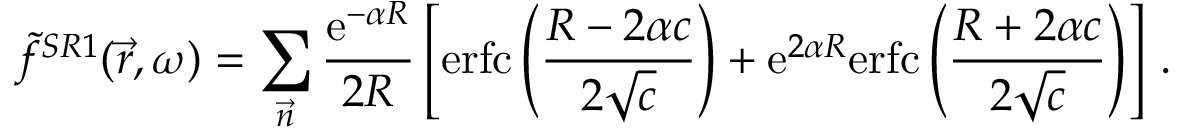
\Tilde { f } ^ { S R 1 } ( \vec { r } , \omega ) = \sum _ { \vec { n } } \frac { \mathrm { e } ^ { - \alpha R } } { 2 R } \left[ \mathrm { e r f c } \left( \frac { R - 2 \alpha c } { 2 \sqrt { c } } \right) + \mathrm { e } ^ { 2 \alpha R } \mathrm { e r f c } \left( \frac { R + 2 \alpha c } { 2 \sqrt { c } } \right) \right] \, .